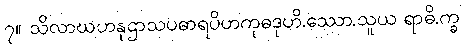
၇။ သိလာဃဟနုဌာသပဓာရပိဟကုဓဒုဟိ.ဿော.သူယ ရာဓိ.က္ခ